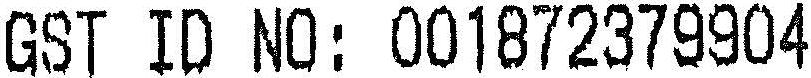
GST ID NO: 001872379904